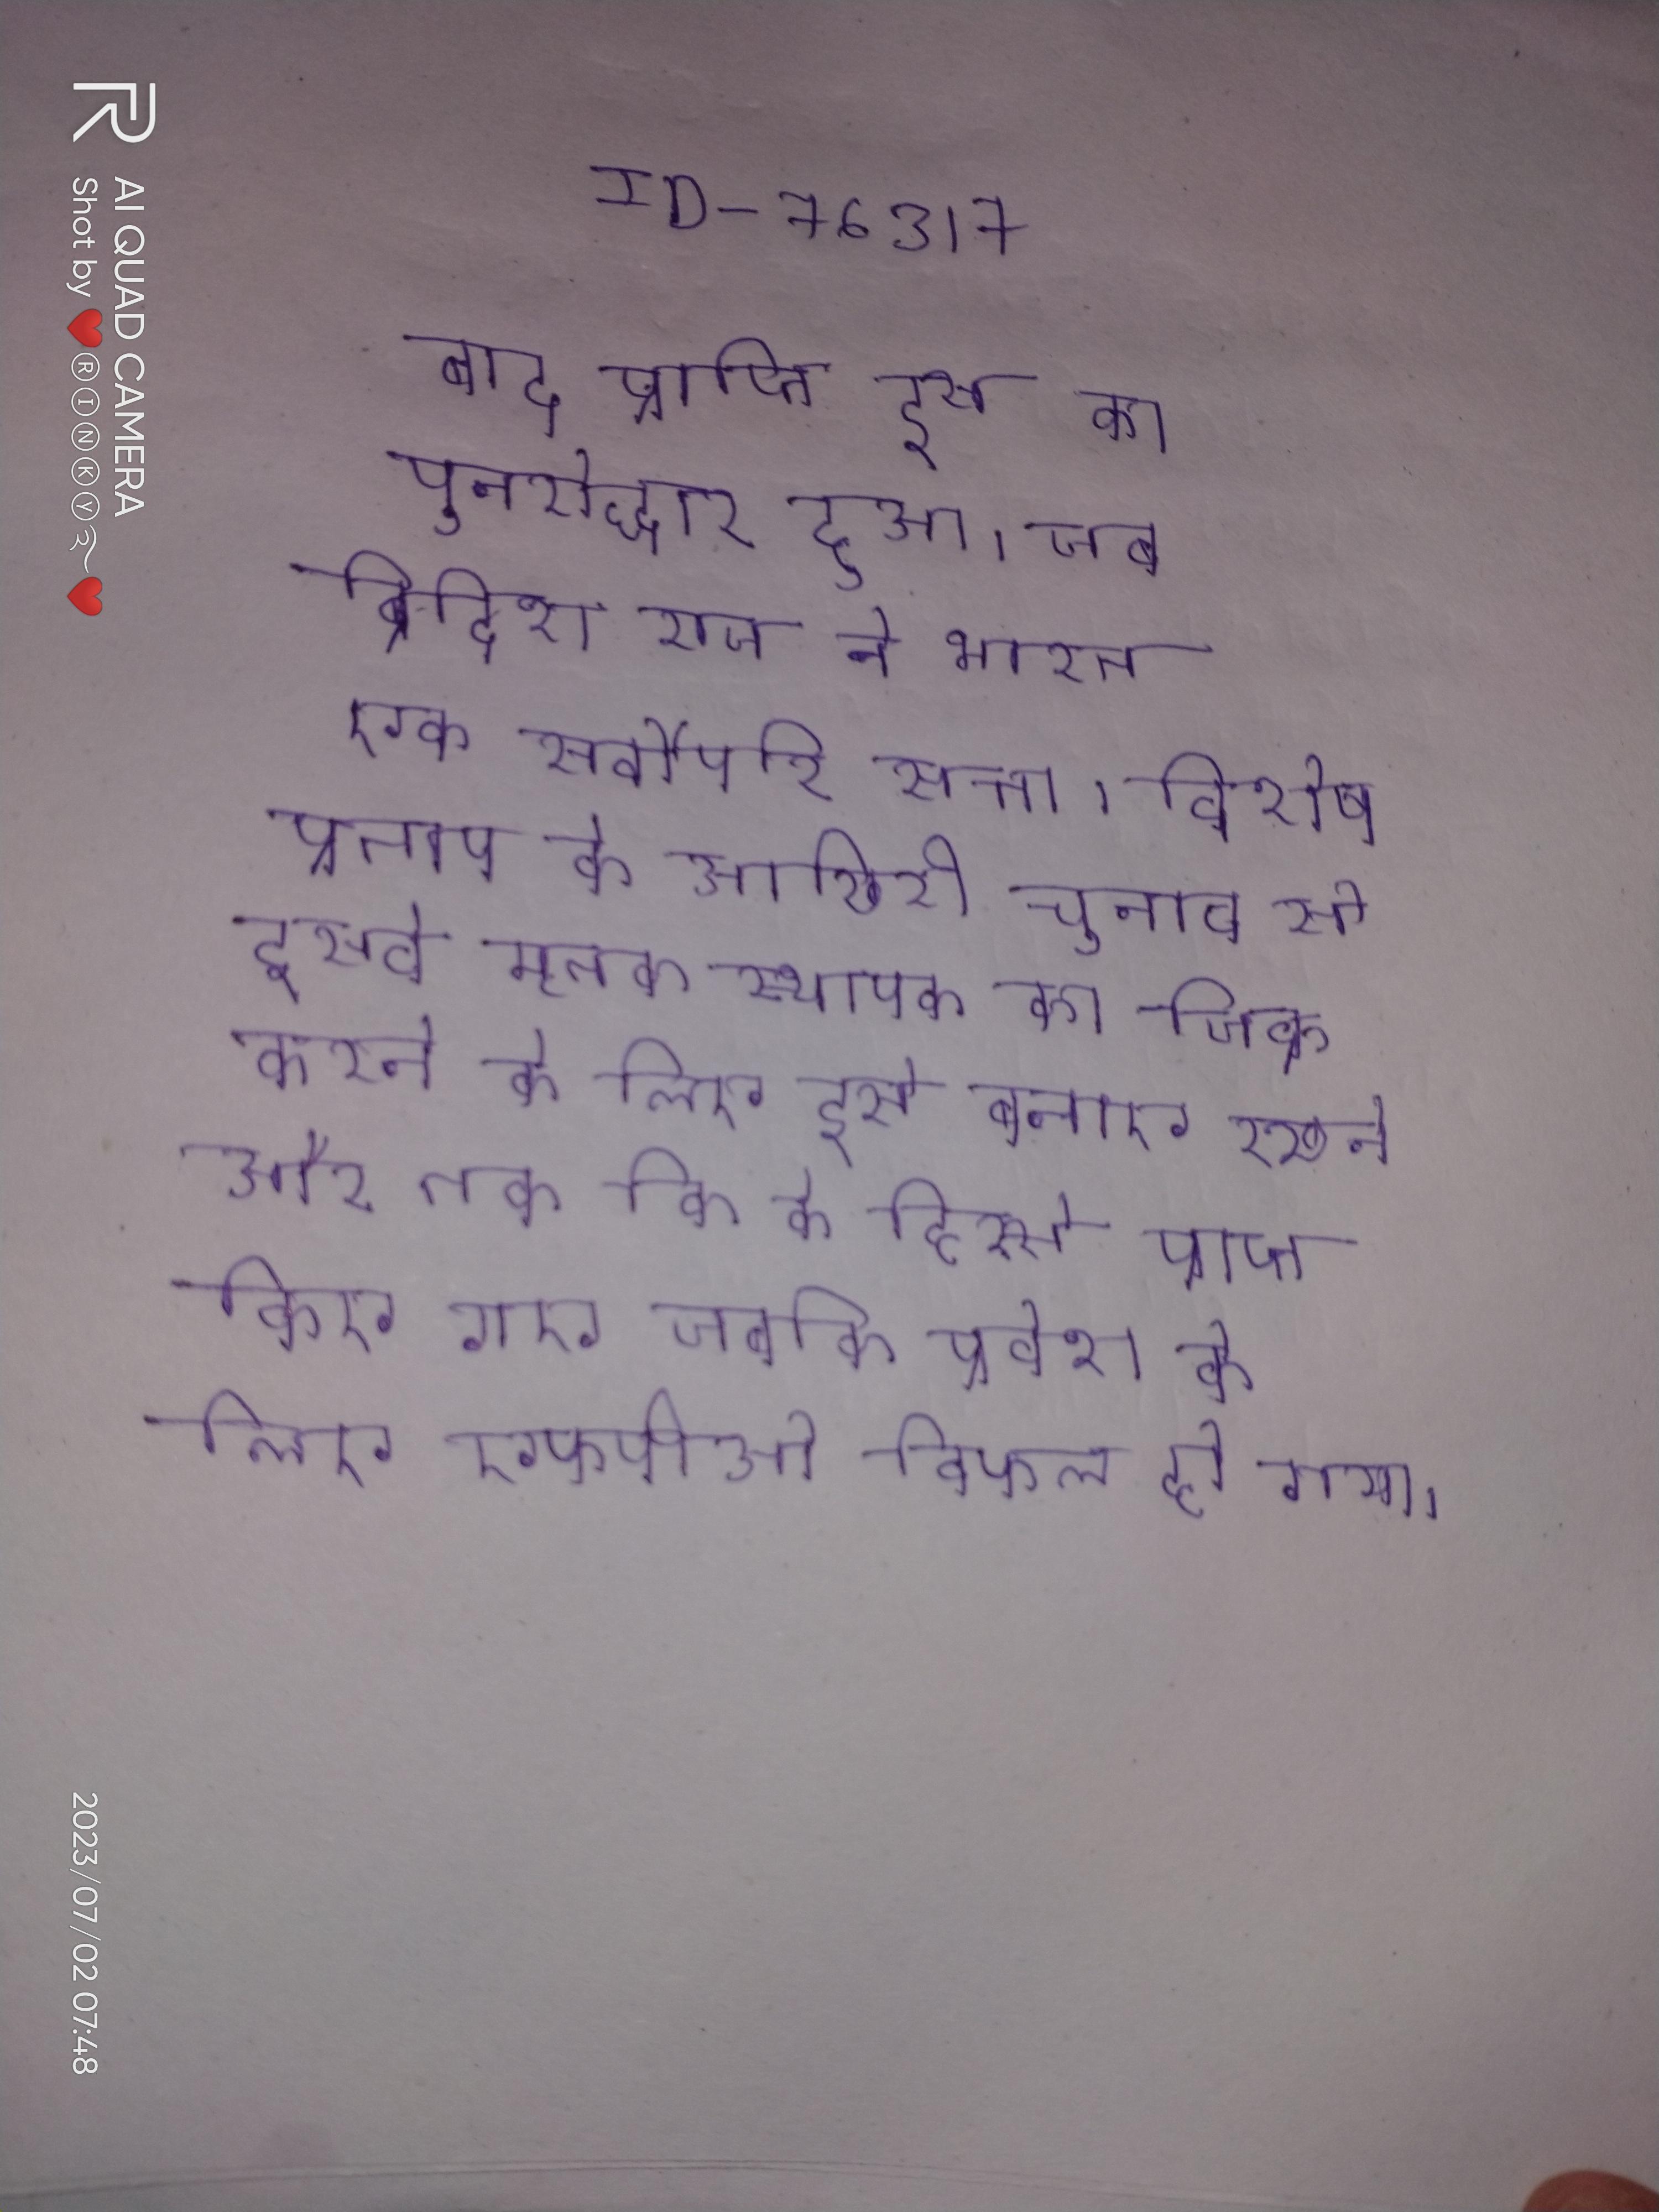
बाद प्राप्ति इस का पुनरोद्धार हुआ । जब ब्रिटिश राज ने भारत एक सर्वोपरि सत्ता । विशेष प्रताप के आखिरी चुनाव से इसके मृतक स्थापक का जिक्र करने के लिए इसे बनाए रखने और तक कि के हिस्से प्राप्त किए गए जबकि प्रवेश के लिए एफपीओ विफल हो गया ।